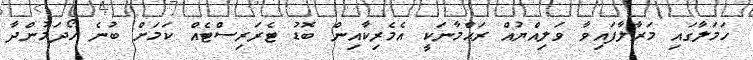
ހަމަލާގައި މަރާލާފައިވާ ވަލިއްޔުއް ރަޙްމާނަކީ އެމެރިކާއިން ބޮޑު ޓެރަރިސްޓެއް ކަމަށް ބުނެ ހޯދަމުންދާ